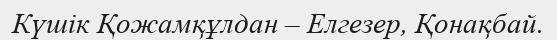
Күшік Қожамқұлдан – Елгезер, Қонақбай.